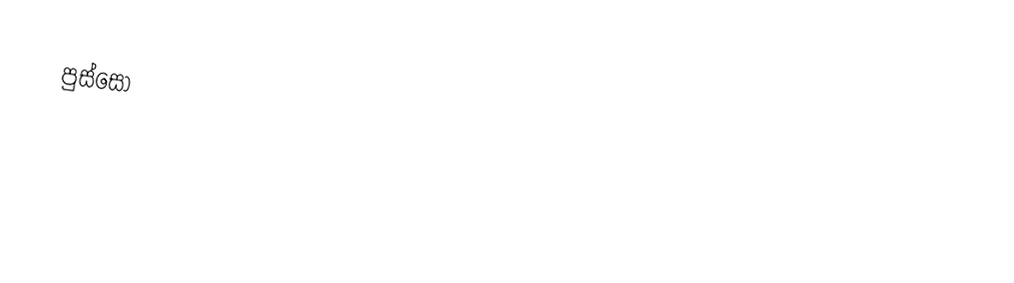
පුස්සෝ